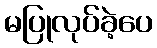
မပြုလုပ်ခဲ့ပေ